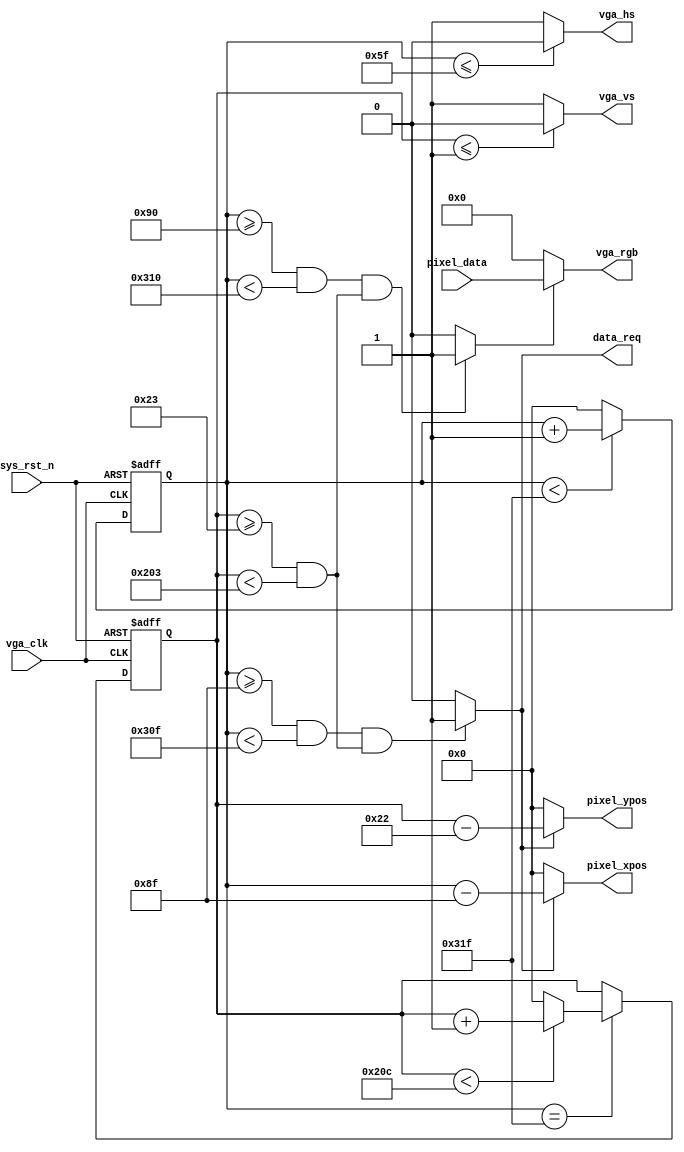
//2019.11.20
//vga

module vga_driver(
    input           vga_clk,      //VGA
    input           sys_rst_n,    //
    //VGA                          
    output          vga_hs,       //
    output          vga_vs,       //
    output  [15:0]  vga_rgb,      //

    input   [15:0]  pixel_data,   //
    output          data_req  ,   // 
    output  [10:0]  pixel_xpos,   //
    output  [10:0]  pixel_ypos    //    
    );                             

//parameter define  

//640*480 60FPS_25MHz
parameter  H_SYNC   =  10'd96;    //
parameter  H_BACK   =  10'd48;    //
parameter  H_DISP   =  10'd640;   //
parameter  H_FRONT  =  10'd16;    //
parameter  H_TOTAL  =  10'd800;   //

parameter  V_SYNC   =  10'd2;     //
parameter  V_BACK   =  10'd33;    //
parameter  V_DISP   =  10'd480;   //
parameter  V_FRONT  =  10'd10;    //
parameter  V_TOTAL  =  10'd525;   //

/*
//1024*768 60FPS_65MHz
parameter  H_SYNC   =  11'd136;   //     
parameter  H_BACK   =  11'd160;   //
parameter  H_DISP   =  11'd1024;  //
parameter  H_FRONT  =  11'd24;    //
parameter  H_TOTAL  =  11'd1344;  //  ,11

parameter  V_SYNC   =  11'd6;     //
parameter  V_BACK   =  11'd29;    //
parameter  V_DISP   =  11'd768;   //
parameter  V_FRONT  =  11'd3;     //
parameter  V_TOTAL  =  11'd806;   //
*/
//reg define                                     
reg  [10:0] cnt_h;               
reg  [10:0] cnt_v;

//wire define
wire       vga_en;

//*****************************************************
//**                    main code
//*****************************************************
//VGA
assign vga_hs  = (cnt_h <= H_SYNC - 1'b1) ? 1'b0 : 1'b1;
assign vga_vs  = (cnt_v <= V_SYNC - 1'b1) ? 1'b0 : 1'b1;

//RGB565
assign vga_en  = (((cnt_h >= H_SYNC+H_BACK) && (cnt_h < H_SYNC+H_BACK+H_DISP))
                 &&((cnt_v >= V_SYNC+V_BACK) && (cnt_v < V_SYNC+V_BACK+V_DISP)))
                 ?  1'b1 : 1'b0;
                 
//RGB565                 
assign vga_rgb = vga_en ? pixel_data : 16'd0;

//                
assign data_req = (((cnt_h >= H_SYNC+H_BACK-1'b1) && (cnt_h < H_SYNC+H_BACK+H_DISP-1'b1))
                  && ((cnt_v >= V_SYNC+V_BACK) && (cnt_v < V_SYNC+V_BACK+V_DISP)))
                  ?  1'b1 : 1'b0;

//                
assign pixel_xpos = data_req ? (cnt_h - (H_SYNC + H_BACK - 1'b1)) : 10'd0;
assign pixel_ypos = data_req ? (cnt_v - (V_SYNC + V_BACK - 1'b1)) : 10'd0;

//
always @(posedge vga_clk or negedge sys_rst_n) begin         
    if (!sys_rst_n)
        cnt_h <= 10'd0;                                  
    else begin
        if(cnt_h < H_TOTAL - 1'b1)                                               
            cnt_h <= cnt_h + 1'b1;                               
        else 
            cnt_h <= 10'd0;  
    end
end

//
always @(posedge vga_clk or negedge sys_rst_n) begin         
    if (!sys_rst_n)
        cnt_v <= 10'd0;                                  
    else if(cnt_h == H_TOTAL - 1'b1) begin
        if(cnt_v < V_TOTAL - 1'b1)                                               
            cnt_v <= cnt_v + 1'b1;                               
        else 
            cnt_v <= 10'd0;  
    end
end

endmodule